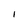
Character: 1